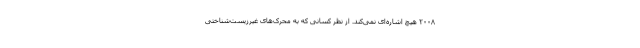
۲۰۰۸ هیچ اشاره‌ای نمی‌کند. از نظر کسانی که به محرک‌های غیرزیست‌شناختی